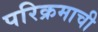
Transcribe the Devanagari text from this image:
परिक्रमाची